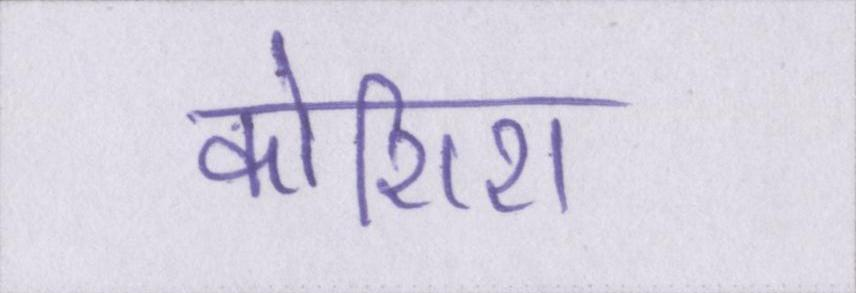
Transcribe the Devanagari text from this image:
कोशिश